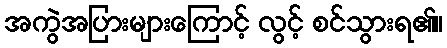
အကွဲအပြားများကြောင့် လွင့် စင်သွားရ၏။